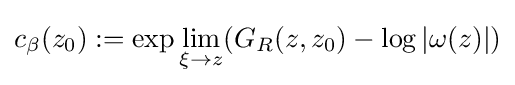
c_{\beta }(z_{0}):=\exp \lim _{\xi \to z}(G_{R}(z,z_{0})-\log |\omega (z)|)